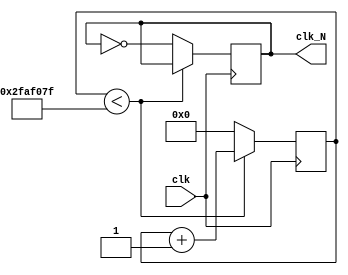
`timescale 1ns / 1ps
module divider(clk,clk_N
    );
    input clk;
    output reg clk_N;
    parameter N=1_0000_0000;
    reg[31:0]counter;
    
    initial begin
        counter<=0;
        clk_N<=0;
    end
    
    always @(posedge clk) begin
        if(counter<(N/2-1)) begin
            counter<=counter+1'b1;
        end
        else begin
            counter<=0;
            clk_N<=!clk_N;
        end
    end
endmodule